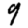
Digit: 9